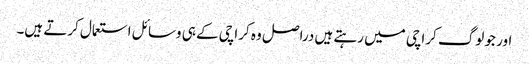
اور جو لوگ کراچی میں رہتے ہیں دراصل وہ کراچی کے ہی وسائل استعمال کرتے ہیں۔